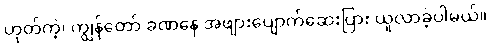
ဟုတ်ကဲ့၊ ကျွန်တော် ခဏနေ အဖျားပျောက်ဆေးပြား ယူလာခဲ့ပါမယ်။